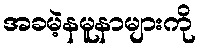
အခမဲ့နမူနာများကို